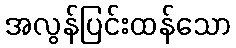
အလွန်ပြင်းထန်သော